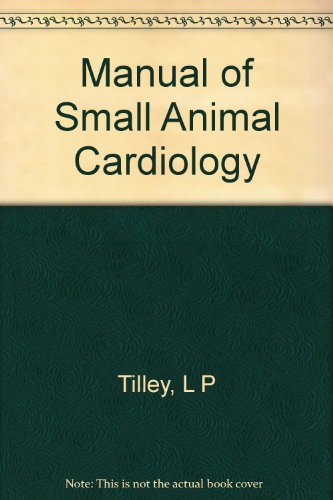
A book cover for Manual of Small Animal Cardiology; Patrick Tilley Tilley; Medical Books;